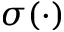
\sigma ( \cdot )